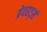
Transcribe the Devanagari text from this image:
ब्रेवहर्ट्स